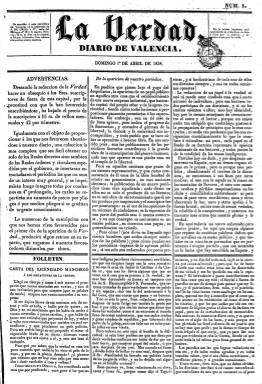
Título: La Verdad (Valencia. 1838)
Colección: Periódicos anteriores a 1850
Ámbito geográfico: Valencia
Lugar de publicación: Valencia
Fechas: 01/04/1838-17/07/1838

Serrano Morales (1898-1899) da cuenta de La Verdad como periódico que estuvo publicándose desde el uno de enero de 1836 hasta el siete de octubre de 1838, en el que se había refundido El Turia, que lo había hecho previamente desde 1833 hasta el 31 de diciembre de 1835, ambos estampados por la sociedad que había formado el impresor José de Orga y Piñana con don José Lasala. Pero esta colección de La Verdad, con el subtítulo “diario de Valencia”, que también aparece estampada en la Imprenta de J. de Orga y Cª, comienza con un número 1, correspondiente al primero de abril de 1838, y con un artículo de presentación bajo el epígrafe, precisamente, De la aparición de nuestro periódico, en cuya cabecera se indica que la sede de su redacción es la misma que la de la imprenta, en la calle del Milagro, número 189 y 4 nuevo.

En dicho artículo de presentación quiere dejar constancia de posicionarse lejos de los que usan la “rebeldía o la conspiración”, es decir, de los carlistas, pretendiendo ser órgano político de prensa dirigido a la opinión pública valenciana, aunque sin mencionar explícitamente al Partido Moderado, al que indudablemente está adscrito. Su redacción la integraron el militar José Eugenio O’Ronan y Miura (-1862), que ya había formado parte de la de El Turia; el literato e historiador Luis Lamarca (1793-1850), el también literato y político Pedro Sabater (-1846), el magistrado Juan Sunyé y Calvet (-1872) y el asimismo escritor y futuro marqués de Molins, Mariano Roca de Togores (1812-1889), que muy probablemente es el autor de los principales “editoriales” del que es considerado como el periódico “más doctrinal que ha visto la luz en Valencia”.

Eduardo Ortega de la Torre (1989) atribuye, precisamente, a Roca de Togores la autoría del artículo A los que tienen algo que perder (publicado en su número 2), para señalar que la “aristocracia de más rancio abolengo devino en burguesía liberal-moderada”, en estos años en los que bajo la Constitución de 1837 (la segunda de la historia española) el sistema político liberal había alcanzado el establecimiento y madurez del turno de partidos, entre el Progresista y el Moderado. En este artículo se refiere a la carlista “guerra que nos destroza”, como “la lucha del despotismo contra la libertad, del gobierno absoluto contra el gobierno representativo, de la usurpación contra la legitimidad”, haciendo al mismo tiempo un canto a favor de “las clases industriosa, comercial y propietaria”.

Pero, al mismo tiempo, se sitúa también en una posición antimendizabalista, aunque la salida del Gobierno del principal protagonista de la “revolución liberal española”, Juan Álvarez Mendizábal (1790-1853), había dado paso al trienio moderado (1837-1840). Su crítica contra el partido Mendizabalista (liberal progresista) aparece expresada también en su editorial Los anti-ministeriales (número 9), que lleva también el estilo del citado Roca de Togores, al que acusa de “hombre famoso para desgracia de nuestra patria”.

Se trata de un periódico de cuatro páginas, compuestas a tres columnas, con artículos doctrinales o editoriales, secciones de Partes oficiales (sobre la guerra civil carlista), Cortes, Noticias nacionales, de Valencia, Gacetín Local (con noticias sobre la desamortización), Espectáculos o Anuncios. Ofrece las afecciones astronómicas, los precios de frutos nacionales (Mercado), Estadística (enfermos hospitalizados, expósitos, población reclusa, nacimientos, fallecimientos, matrimonios) o del movimiento portuario. Como era obligatorio legalmente, aparece indicado el nombre de J.L. Ferreres como su editor responsable. El último número de este título en la colección es el 108, correspondiente al 17 de julio de 1838.

También hay contradicción entre Tramoyeres Blasco (1880) y Serrano Morales (1898-1899) sobre el periodo de publicación del histórico Diario de Valencia (1790) por parte de Orga y Lasala en este mismo periodo, pues mientras el primero señala desde el 20 de noviembre de 1837 al 20 de enero de 1838; el segundo indica “poseer” 68 números, pero entre los mismos días y meses de 1838 y 1839, respectivamente, por lo que habría que considerar este periodo como correcto. La Compañía de Orga y su amigo Lasala permaneció vigente hasta 1844. Otra referencia bibliográfica para este título es la de Laguna Platero (2001), quien se refiere al intento frustrado del impresor Manuel López, como propietario de El Diario mercantil de Valencia (1834), de absorber La Verdad, en 1838.